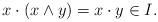
LaTeX: \begin{align*}x\cdot(x\wedge y)=x\cdot y\in I.\end{align*}